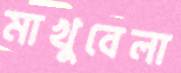
মাখুবেলা